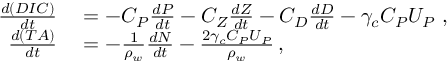
\begin{array} { r l } { \frac { d ( D I C ) } { d t } } & { { } = - C _ { P } \frac { d P } { d t } - C _ { Z } \frac { d Z } { d t } - C _ { D } \frac { d D } { d t } - \gamma _ { c } C _ { P } U _ { P } \; , } \\ { \frac { d ( T A ) } { d t } } & { { } = - \frac { 1 } { \rho _ { w } } \frac { d N } { d t } - \frac { 2 \gamma _ { c } C _ { P } U _ { P } } { \rho _ { w } } \, , } \end{array}